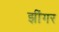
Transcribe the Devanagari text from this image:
झींगर